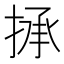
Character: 𢮋